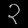
Digit: ၃